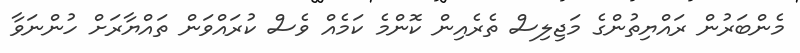
މެންބަރުން ރައްޔިތުންގެ މަޖިލިސް ތެރެއިން ކޮންމެ ކަމެއް ވެސް ކުރައްވަން ތައްޔާރަށް ހުންނަވާ